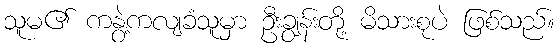
သူမ၏ ကနွဲ့ကလျခံသူမှာ ဦးချွန်းတို့ မိသားစုပဲ ဖြစ်သည်။